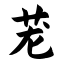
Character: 茏